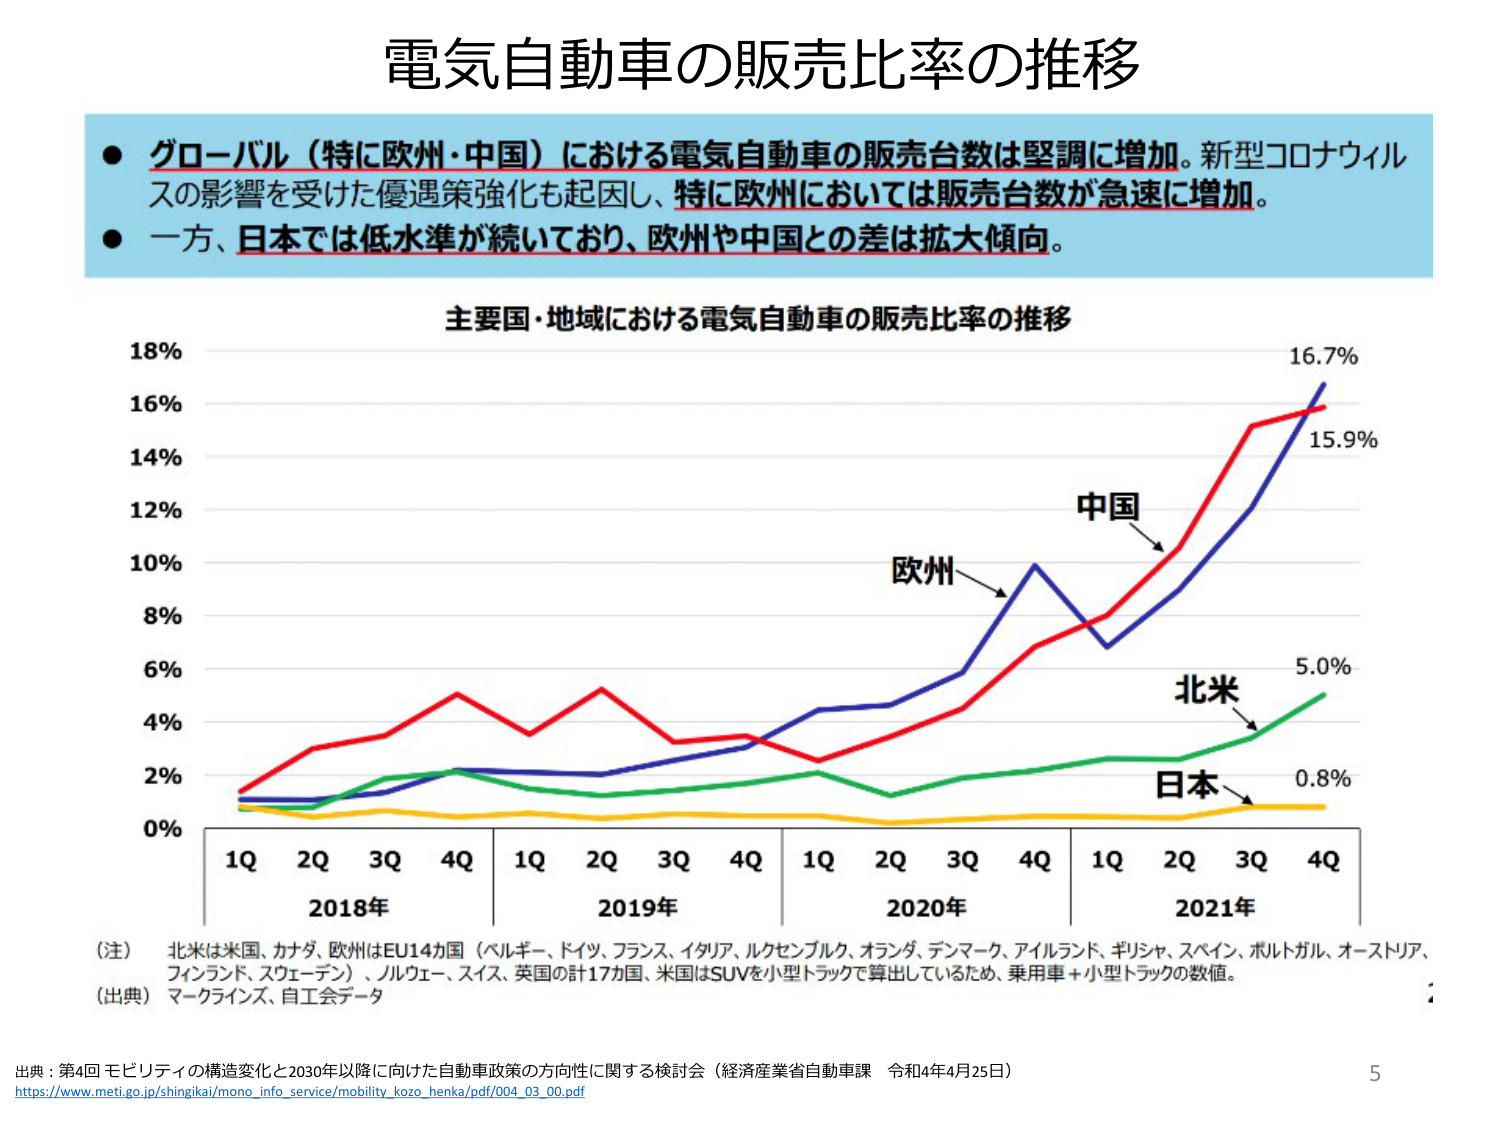
電気自動車の販売比率の推移

● グローバル（特に欧州・中国）における電気自動車の販売台数は堅調に増加。新型コロナウイルスの影響を受けた優遇策強化も起因し、特に欧州においては販売台数が急速に増加。
● 一方、日本では低水準が続いており、欧州や中国との差は拡大傾向。

主要国・地域における電気自動車の販売比率の推移

18%
16%
14%
12%
10%
8%
6%
4%
2%
0%

1Q 2Q 3Q 4Q 1Q 2Q 3Q 4Q 1Q 2Q 3Q 4Q 1Q 2Q 3Q 4Q
2018年 2019年 2020年 2021年

中国 → 16.7%
欧州 → 15.9%
北米 → 5.0%
日本 → 0.8%

（注） 北米は米国、カナダ、欧州はEU14か国（ベルギー、ドイツ、フランス、イタリア、ルクセンブルク、オランダ、デンマーク、アイルランド、ギリシャ、スペイン、ポルトガル、オーストリア、フィンランド、スウェーデン）、ノルウェー、スイス、英国の計17か国、米国はSUVを小型トラックで算出しているため、乗用車＋小型トラックの数値。
（出典） マークラインズ、自工会データ

出典：第4回 モビリティの構造変化と2030年以降に向けた自動車政策の方向性に関する検討会（経済産業省自動車課 令和4年4月25日）
https://www.meti.go.jp/shingikai/mono_info_service/mobility_kozo_henka/pdf/004_03_00.pdf

5